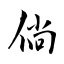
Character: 倘